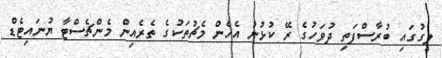
ލީގުގައި ބުރާސްފަތި ދުވަހުގެ ރޭ ކުޅުނު އެހެން މެޗުތަކުގެ ތެރެއިން މެންޗެސްޓާ ޔުނައިޓެޑް